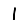
Digit: 1